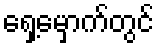
ရှေ့မှောက်တွင်